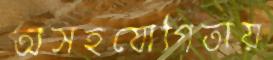
অসহযোগিতায়